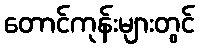
တောင်ကုန်းများတွင်